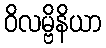
ဝိလမ္ဗိနိယာ